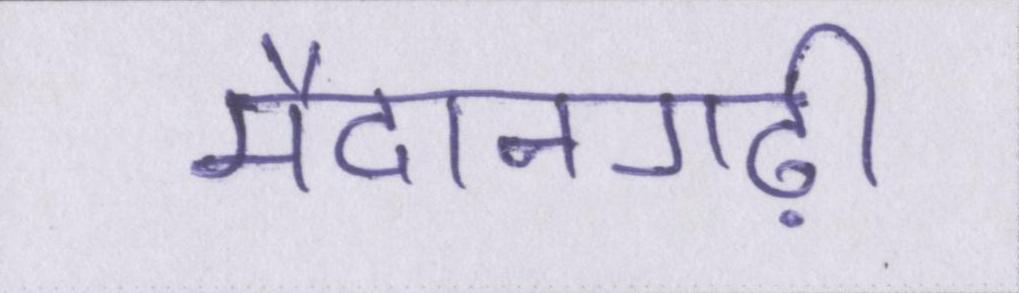
मैदानगढ़ी